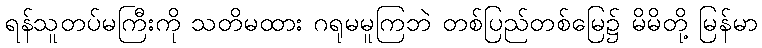
ရန်သူတပ်မကြီးကို သတိမထား ဂရုမမူကြဘဲ တစ်ပြည်တစ်မြေ၌ မိမိတို့ မြန်မာ